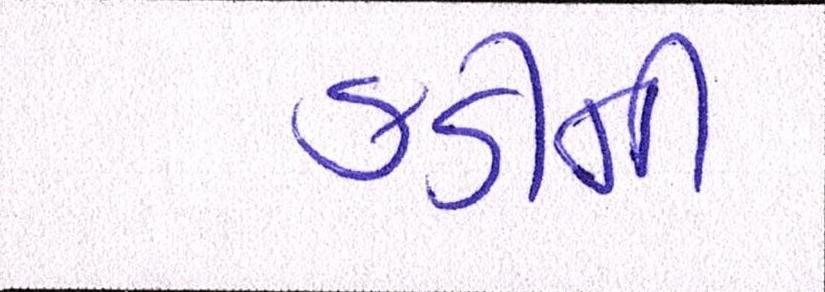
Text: કડીની